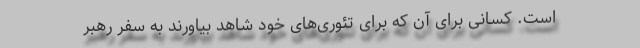
است. کسانی برای آن که برای تئوری‌های خود شاهد بیاورند به سفر رهبر